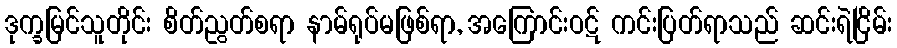
ဒုက္ခမြင်သူတိုင်း စိတ်ညွတ်စရာ နာမ်ရုပ်မဖြစ်ရာ, အကြောင်းဝဋ် ကင်းပြတ်ရာသည် ဆင်းရဲငြိမ်း